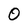
Character: 0